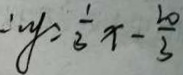
\therefore y = \frac { 1 } { 3 } x - \frac { 2 0 } { 3 }